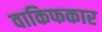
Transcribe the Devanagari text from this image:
वाकिफकार